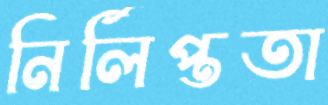
নির্লিপ্ততা